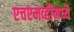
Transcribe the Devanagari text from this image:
एचएमव्हीमध्ये